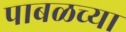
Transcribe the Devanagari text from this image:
पाबळच्या